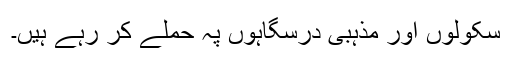
سکولوں اور مذہبی درسگاہوں پہ حملے کر رہے ہیں۔